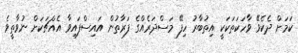
ކަމަށް ދެކެވޭ ވާހަކަތަކަކީ އިތުބާރު ހިފޭ މަސްދަރެއްގެ ފަރާތުން އައިސްފައިވާ އެއްޗަކަށް ނުވާތީވެ